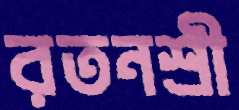
রতনশ্রী